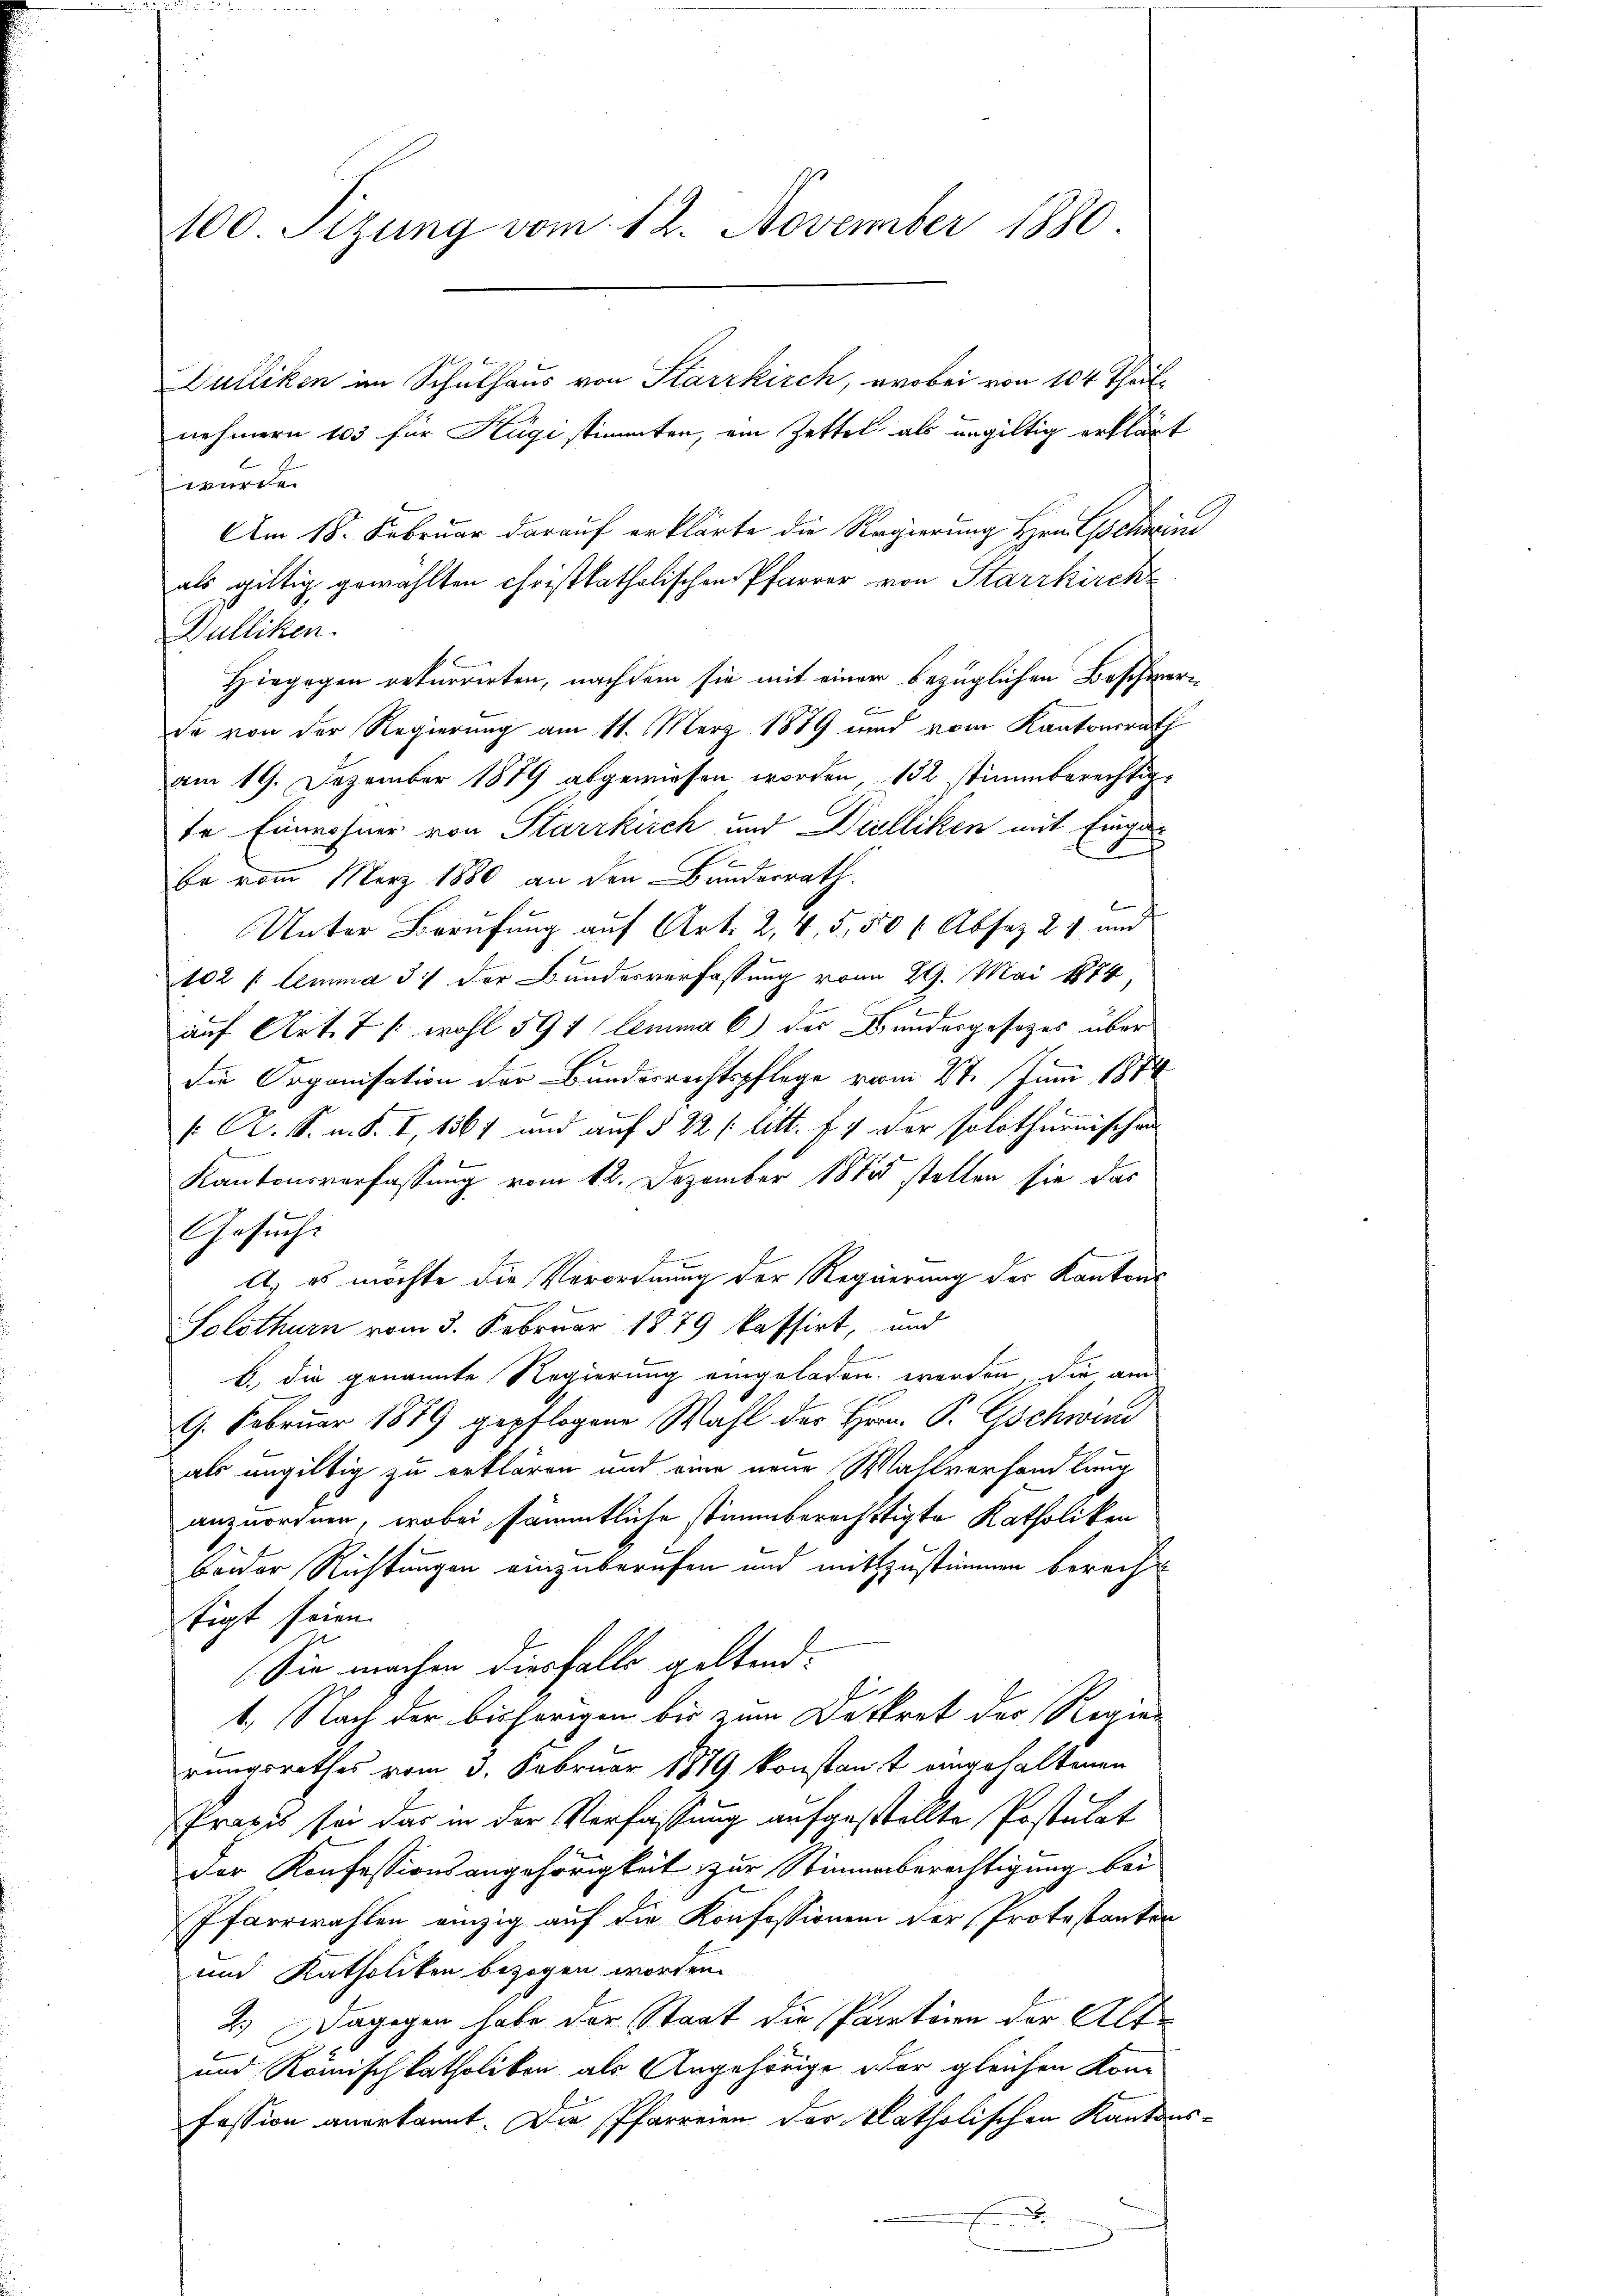
2100. Sizung vom 12. November 1880.

nehmern 103 für Hägi stimmten, ein Zettel als ungültig erklärt
würde.
Am 18. Februar darauf erklärte die Regierung Hrn. Escheini
als giltig gewählten christkatholischen Pfarrer von Starrkirch
Dulliken.
Hiegegen rekurrirten, nachdem sie mit einer bezüglichen Beschwerde von der Regierung am 11. März 1889 und vom Kantonsrath
am 19. Dezember 1879 abgewiesen worden, 182 stimmberechtigte Einwohner von Starrkirch und Dielliken mit Einga
be vom März 1880 an den Bunderrath.
Unter Berufung auf Art. 2, 4, 5, 550 (Absaz 21 und
102 f. lemma 37 der Bundesverfassung vom 29. Mai 1874,
auf Art. 7 /: wohl 591 lemma 6) der Bundesgesezes über
die Organisation der Bundesrechtspflege vom 27. Juni 1874
 A. S. u. S. I, 1867 und auf § 22 litt. f. 4 der solothurnischen
Kantonsverfassung vom 12. Dezember 1872 stellen sie das
Gesucht
A, es möchte die Verordnung der Regierung der Kantons
Solothurn vom 3. Februar 1879 kassirt, und
b.) die genannte Regierung eingeladen werden, die am
9. Februar 1879 gepflogen Wahl der Hrrn. P. Gschwind
als ungültig zu erklären und eine neue Wahlverhandlung
anzuordnen, wobei sämmtliche stimmberechtigte Katholiken
beider Richtungen einzuberufen und mitzustimmen berecht
tigt seien.
Sie machen diesfalls geltend:
2.
1. Nach der bisherigen bis zum Dekret der Regier
rungsrathes vom 3. Februar 1879 konstant eingehaltenen
Praxis sei das in der Verfassung aufgestellte Postulat
der Konfessionsangehörigkeit zur Stimmberechtigung bei
Pfarrwahlen einzig auf die Konfessionen der Protestanter
und Katholiken bezogen worden.
2.) Dagegen habe der Staat die Partiren der Alt¬
und Romisch katholiken als Angehörige vor gleichen Kom
Fession anerkannt. Die Pfarreien der katholischen Kantons¬
.

Dulliken im Schulhaus von Starrkirch, wobei von 104 Theil-